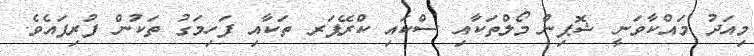
މިއަދު މައްކާވަނީ ޝޮޕިން މޯލްތަކާއި ސްކައި ކްރޭޕަރ ތަކާއި ފަހިމަގު ތަކުން ފުރިފައެވެ.